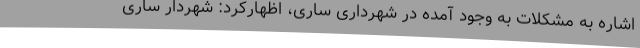
اشاره به مشکلات به وجود آمده در شهرداری ساری، اظهارکرد: شهردار ساری